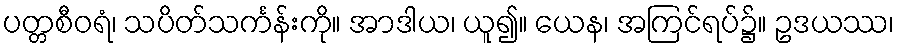
ပတ္တစီဝရံ၊ သပိတ်သင်္ကန်းကို။ အာဒါယ၊ ယူ၍။ ယေန၊ အကြင်ရပ်၌။ ဥဒယဿ၊